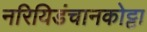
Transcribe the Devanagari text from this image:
नरियिडंचानकोट्टा